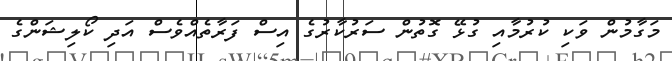
މަގާމުން ވަކި ކުރުމާއި ގުޅޭ ގޮތުން ސަރުކާރުގެ އިސް ފަރާތެއްވެސް އަދި ކޯލިޝަންގެ